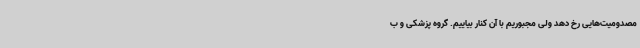
مصدومیت‌هایی رخ دهد ولی مجبوریم با آن کنار بیاییم. گروه پزشکی و ب